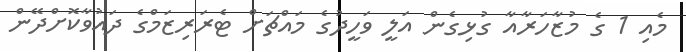
މެއި 1 ގެ މުޒާހަރާއާ ގުޅިގެން އަލީ ވަހީދުގެ މައްޗަށް ޓެރަރިޒަމްގެ ދައުވާކޮށްދޭން